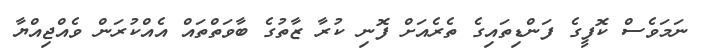
ނަމަވެސް ކޮފީގެ ފަންޑިތައިގެ ތެރެއަށް ފޮނި ކުރާ ޒާތުގެ ބާވަތްތައް އެއްކުރަން ވެއްޖިއްޔާ